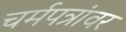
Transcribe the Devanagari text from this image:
चर्मपत्रांवर